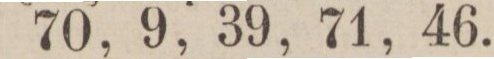
70, 9, 39, 71, 46.